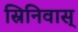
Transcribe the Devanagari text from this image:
स्रिनिवास्